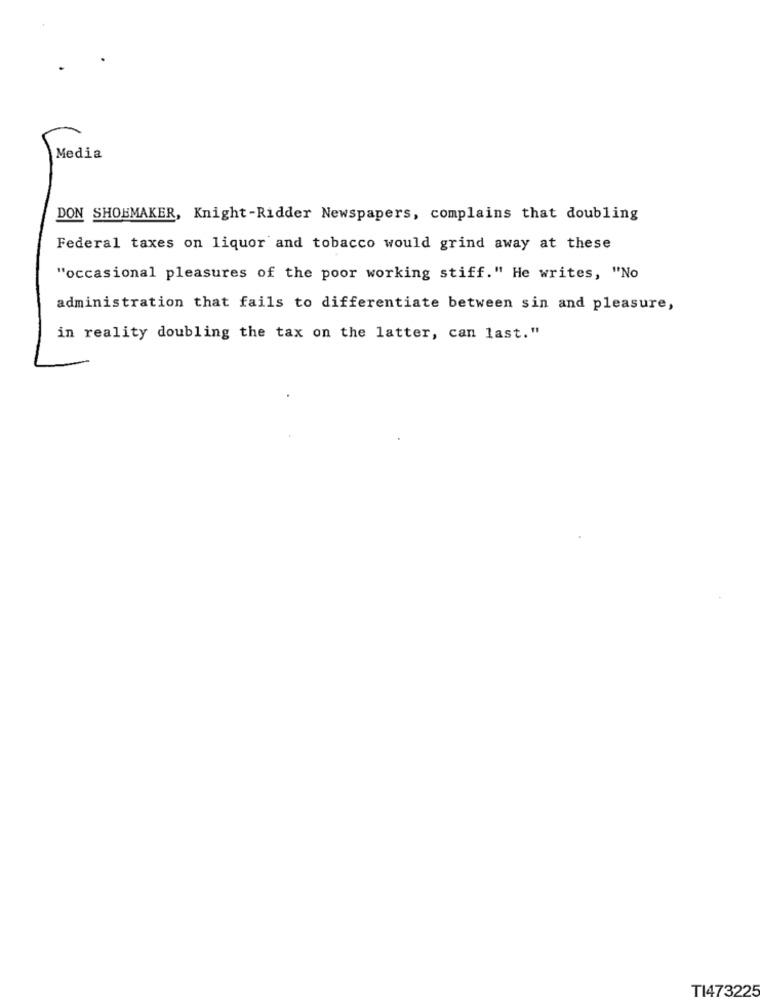
Media
DON SHOEMAKER, Knight-Ridder Newspapers, complains that doubling
Federal taxes on liquor and tobacco would grind away at these
"occasional pleasures of the poor working stiff." He writes, "No
administration that fails to differentiate between sin and pleasure,
in reality doubling the tax on the latter, can last."
TI473225